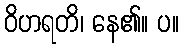
ဝိဟရတိ၊ နေ၏။ ပ။